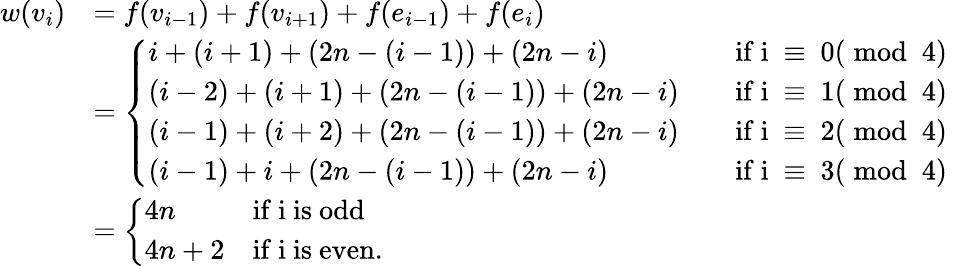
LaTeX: \begin{array}{rl}{w(v_{i})}&{=f(v_{i-1})+f(v_{i+1})+f(e_{i-1})+f(e_{i})}\\ &{=\left\{ \begin{array}{ll}{i+(i+1)+(2n-(i-1))+(2n-i)\quad}&{\mathrm{if~i~\equiv~0(\bmod~4)~}}\\ {(i-2)+(i+1)+(2n-(i-1))+(2n-i)\quad}&{\mathrm{if~i~\equiv~1(\bmod~4)~}}\\ {(i-1)+(i+2)+(2n-(i-1))+(2n-i)\quad}&{\mathrm{if~i~\equiv~2(\bmod~4)~}}\\ {(i-1)+i+(2n-(i-1))+(2n-i)\quad}&{\mathrm{if~i~\equiv~3(\bmod~4)~}}\end{array}\right.}\\ &{=\left\{ \begin{array}{ll}{4n}&{\mathrm{if~i~is~odd}}\\ {4n+2}&{\mathrm{if~i~is~even}.}\end{array}\right.}\end{array}